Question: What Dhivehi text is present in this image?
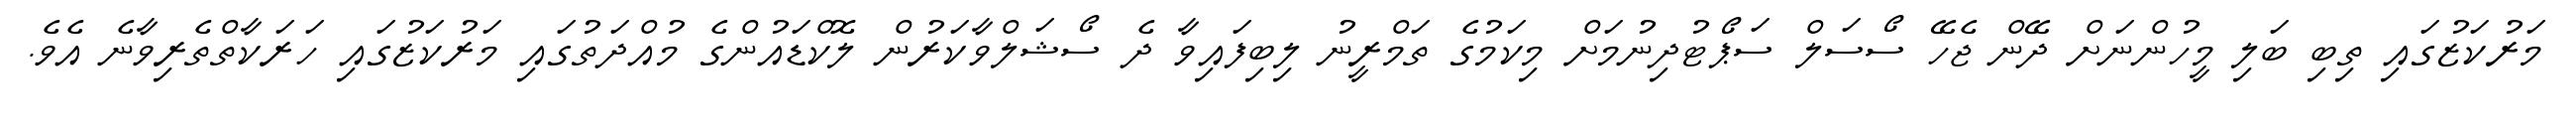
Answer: މަރުކަޒުގައި ތިބި ބަލި މީހުންނަށް ދޭން ޖެހޭ ސޯސަލް ސަޕޯޓުދިނުމަށް މިކަމުގެ ތަމްރީނު ލިބިފައިވާ ދެ ސޯޝަލްވާކަރުން ލޮކްޑައުންގެ މުއްދަތުގައި މަރުކަޒުގައި ހަރަކާތްތެރިވާނެ އެވެ.